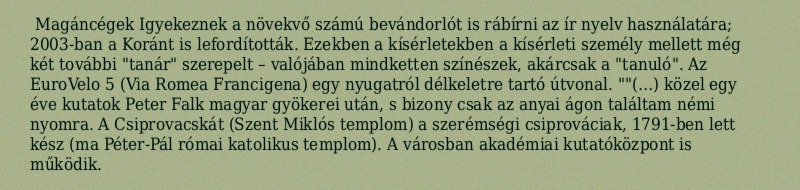
Magáncégek Igyekeznek a növekvő számú bevándorlót is rábírni az ír nyelv használatára; 2003-ban a Koránt is lefordították. Ezekben a kísérletekben a kísérleti személy mellett még két további "tanár" szerepelt – valójában mindketten színészek, akárcsak a "tanuló". Az EuroVelo 5 (Via Romea Francigena) egy nyugatról délkeletre tartó útvonal. ""(…) közel egy éve kutatok Peter Falk magyar gyökerei után, s bizony csak az anyai ágon találtam némi nyomra. A Csiprovacskát (Szent Miklós templom) a szerémségi csiprováciak, 1791-ben lett kész (ma Péter-Pál római katolikus templom). A városban akadémiai kutatóközpont is működik.